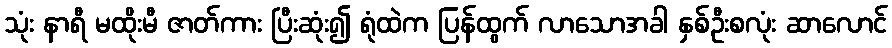
သုံး နာရီ မထိုးမီ ဇာတ်ကား ပြီးဆုံး၍ ရုံထဲက ပြန်ထွက် လာသောအခါ နှစ်ဦးစလုံး ဆာလောင်